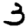
Digit: 3